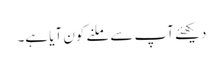
دیکھئے آپ سے ملنے کون آیا ہے۔